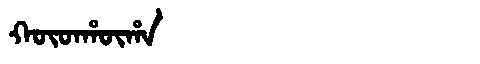
Manchu: ᡴᡡᡨᡥᡡᡥᠠ
Romanization: KŪTHŪHA